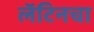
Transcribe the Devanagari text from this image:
लॅटिनचा